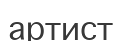
артист